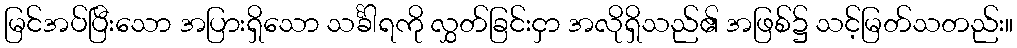
မြင်အပ်ပြီးသော အပြားရှိသော သင်္ခါရကို လွှတ်ခြင်းငှာ အလိုရှိသည်၏ အဖြစ်၌ သင့်မြတ်သတည်း။